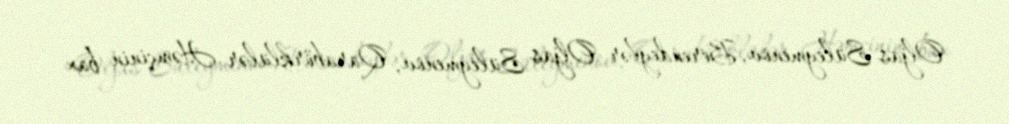
Oljas Süleymenov, Berendeylər Oljas Süleymenov, Qarabörklülər Həmçinin bax